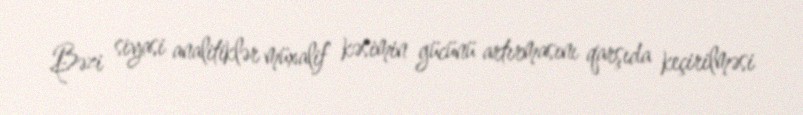
Bəzi siyasi analitiklər müxalif kəsimin gücünü artırmasını qarşıda keçirilməsi